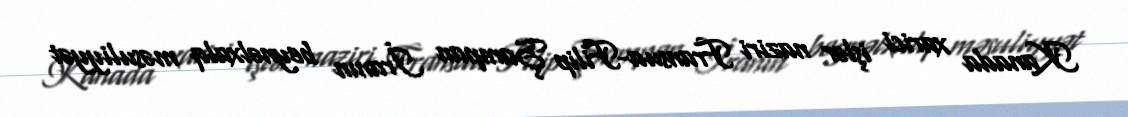
Kanada xarici işlər naziri Fransua-Filip Şampan İranın beynəlxalq məsuliyyət